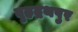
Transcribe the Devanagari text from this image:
वृहद्रथपुर